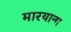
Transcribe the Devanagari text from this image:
मारयान्ग